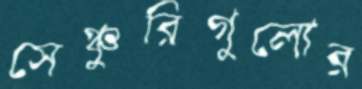
সেঞ্চুরিগুলোর